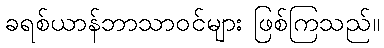
ခရစ်ယာန်ဘာသာဝင်များ ဖြစ်ကြသည်။